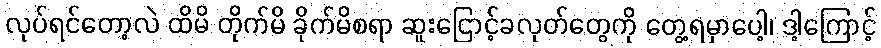
လုပ်ရင်တော့လဲ ထိမိ တိုက်မိ ခိုက်မိစရာ ဆူးငြောင့်ခလုတ်တွေကို တွေ့ရမှာပေါ့၊ ဒါ့ကြောင့်